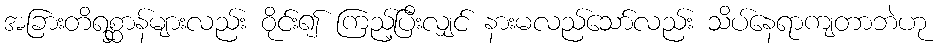
အခြားတိရစ္ဆာန်များလည်း ဝိုင်း၍ ကြည့်ပြီးလျှင် နားမလည်သော်လည်း သိပ်နေရာကျတာဘဲဟု